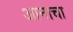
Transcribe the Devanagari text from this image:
आनाचा